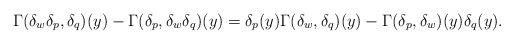
LaTeX: \begin{gather*}\Gamma(\delta_w\delta_p,\delta_q)(y)-\Gamma(\delta_p, \delta_w\delta_q)(y)=\delta_p(y)\Gamma(\delta_w, \delta_q)(y)- \Gamma(\delta_p,\delta_w)(y)\delta_q(y).\end{gather*}